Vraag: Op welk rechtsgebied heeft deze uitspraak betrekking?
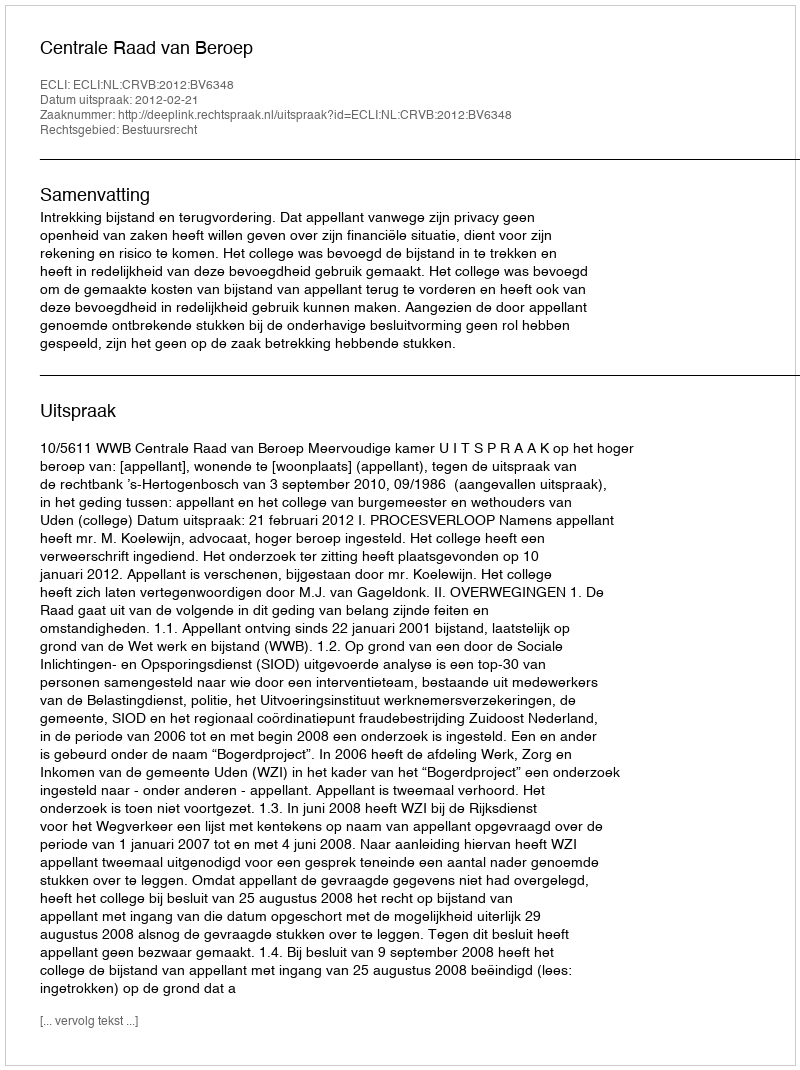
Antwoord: Bestuursrecht